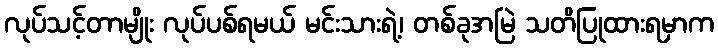
လုပ်သင့်တာမျိုး လုပ်ပစ်ရမယ် မင်းသားရဲ့၊ တစ်ခုအမြဲ သတိပြုထားရမှာက